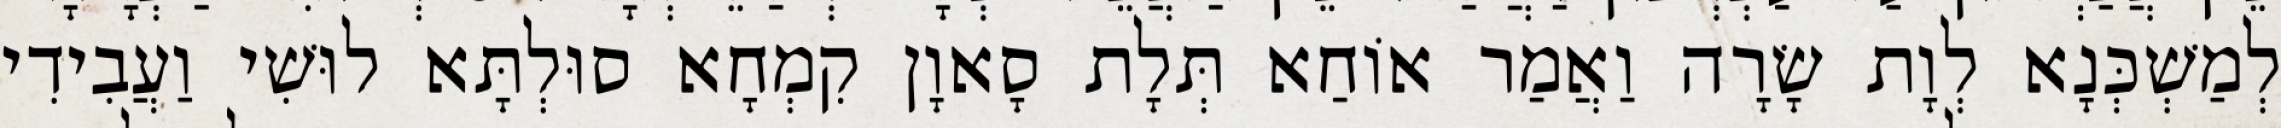
לְמַשְׁכְּנָא לְוָת שָׂרָה וַאֲמַר אוֹחַא תְּלָת סָאוָן קִמְחָא סוּלְתָּא לוּשִׁי וַעֲבִידִי